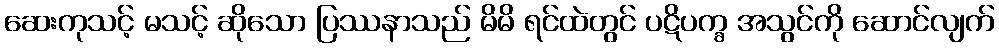
ဆေးကုသင့် မသင့် ဆိုသော ပြဿနာသည် မိမိ ရင်ထဲတွင် ပဋိပက္ခ အသွင်ကို ဆောင်လျက်